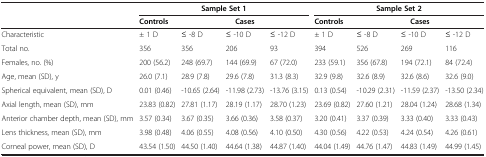
|  | <COLSPAN=4> Sample Set 1 | <COLSPAN=4> Sample Set 2 |
 |  | Controls | <COLSPAN=3> Cases | Controls | <COLSPAN=3> Cases |
 | --- | --- | --- | --- | --- | --- | --- | --- | --- |
 | Characteristic | ± 1 D | ≤ -8 D | ≤ -10 D | ≤ -12 D | ± 1 D | ≤ -8 D | ≤ -10 D | ≤ -12 D |
 | Total no. | 356 | 356 | 206 | 93 | 394 | 526 | 269 | 116 |
 | Females, no. (%) | 200 (56.2) | 248 (69.7) | 144 (69.9) | 67 (72.0) | 233 (59.1) | 356 (67.8) | 194 (72.1) | 84 (72.4) |
 | Age, mean (SD), y | 26.0 (7.1) | 28.9 (7.8) | 29.6 (7.8) | 31.3 (8.3) | 32.9 (9.8) | 32.6 (8.9) | 32.6 (8.6) | 32.6 (9.0) |
 | Spherical equivalent, mean (SD), D | 0.01 (0.46) | -10.65 (2.64) | -11.98 (2.73) | -13.76 (3.15) | 0.13 (0.54) | -10.29 (2.31) | -11.59 (2.37) | -13.50 (2.34) |
 | Axial length, mean (SD), mm | 23.83 (0.82) | 27.81 (1.17) | 28.19 (1.17) | 28.70 (1.23) | 23.69 (0.82) | 27.60 (1.21) | 28.04 (1.24) | 28.68 (1.34) |
 | Anterior chamber depth, mean (SD), mm | 3.57 (0.34) | 3.67 (0.35) | 3.66 (0.36) | 3.58 (0.37) | 3.20 (0.41) | 3.37 (0.39) | 3.33 (0.40) | 3.33 (0.43) |
 | Lens thickness, mean (SD), mm | 3.98 (0.48) | 4.06 (0.55) | 4.08 (0.56) | 4.10 (0.50) | 4.30 (0.56) | 4.22 (0.53) | 4.24 (0.54) | 4.26 (0.61) |
 | Corneal power, mean (SD), D | 43.54 (1.50) | 44.50 (1.40) | 44.64 (1.38) | 44.87 (1.40) | 44.04 (1.49) | 44.76 (1.47) | 44.83 (1.49) | 44.99 (1.45) |